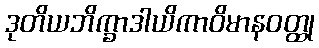
ဒုတိယဘိက္ခာဒါယိကာဝိမာနဝတ္ထု